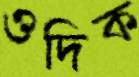
ওদিক